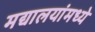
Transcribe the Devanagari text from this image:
मद्यालयांमध्ये